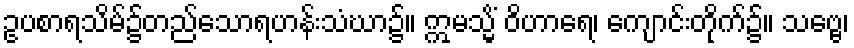
ဥပစာရသိမ်၌တည်သောရဟန်းသံဃာ၌။ ဣမသ္မိံ ဝိဟာရေ၊ ကျောင်းတိုက်၌။ သဗ္ဗေ၊